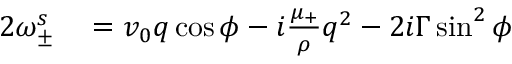
\begin{array} { r l } { 2 \omega _ { \pm } ^ { s } } & { { } = v _ { 0 } q \cos \phi - i \frac { \mu _ { + } } { \rho } q ^ { 2 } - 2 i \Gamma \sin ^ { 2 } \phi } \end{array}